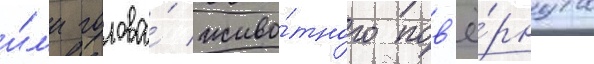
и́л'и голова́ живо́тного пов'ё́рнута